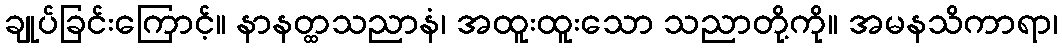
ချုပ်ခြင်းကြောင့်။ နာနတ္ထသညာနံ၊ အထူးထူးသော သညာတို့ကို။ အမနသိကာရာ၊